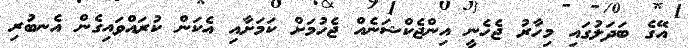
އޭގެ ބަދަލުގައި މިހާރު ޖެހެނީ އިންޖެކްޝަނެއް ޖެހުމަށް ކަމަށާއި އެކަން ކުރައްވައިގެން އެނބުރި